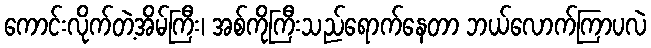
ကောင်းလိုက်တဲ့အိမ်ကြီး၊ အစ်ကိုကြီးသည်ရောက်နေတာ ဘယ်လောက်ကြာပလဲ